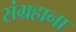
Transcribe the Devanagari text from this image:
संग्रहाना